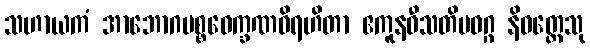
သဟာယကံ အာဘောဂပစ္စဝေက္ခဏဝိရဟိတာ ဧကူနဝီသတိမဝဂ္ဂ နိဝတ္တေသု